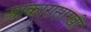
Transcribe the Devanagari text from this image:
आकारासारखी